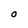
Character: O